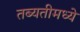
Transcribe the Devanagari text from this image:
तब्यतीमध्ये